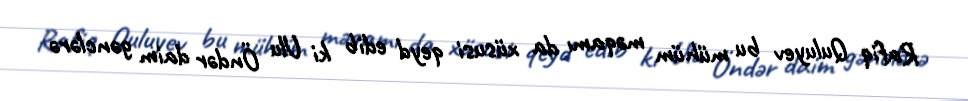
Rafiq Quluyev bu mühüm məqamı da xüsusi qeyd edib ki Ulu Öndər daim gənclərə